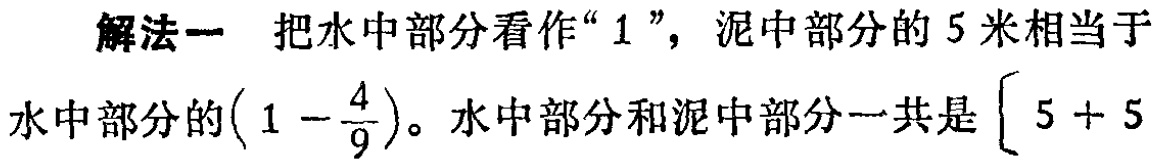
解法一 把水中部分看作“$1$”，泥中部分的$5$米相当于水中部分的$\left(1 - \dfrac{4}{9}\right)$。水中部分和泥中部分一共是$\left[5 + 5\right.$